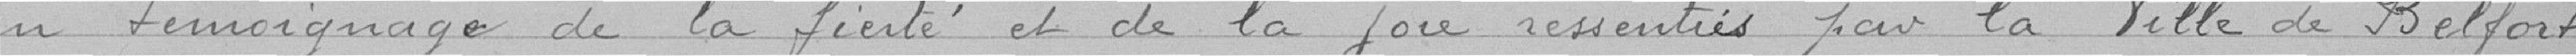
en témoignage de la fierté et de la joie ressentie par la Ville de Belfort